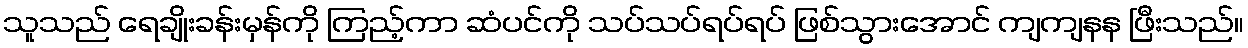
သူသည် ရေချိုးခန်းမှန်ကို ကြည့်ကာ ဆံပင်ကို သပ်သပ်ရပ်ရပ် ဖြစ်သွားအောင် ကျကျနန ဖြီးသည်။